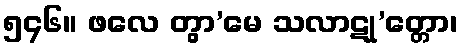
၅၄၆။ ဖလေ တွာ’မေ သလာဋု’တ္တော၊